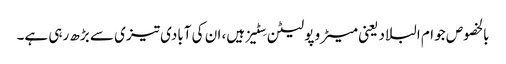
بالخصوص جو ام البلاد یعنی میٹرو پولیٹن سِٹیز ہیں، ان کی آبادی تیزی سے بڑھ رہی ہے۔